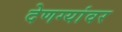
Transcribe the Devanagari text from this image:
देणग्यांवर